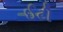
ઈટી